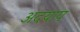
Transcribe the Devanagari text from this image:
अदयाप